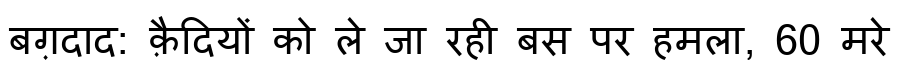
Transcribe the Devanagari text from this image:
बग़दाद: क़ैदियों को ले जा रही बस पर हमला, 60 मरे